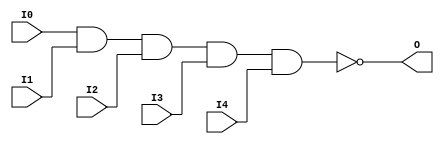
// $Header: /devl/xcs/repo/env/Databases/CAEInterfaces/verunilibs/s/NAND5.v,v 1.8.22.1 2003/11/18 20:41:37 wloo Exp $

/*

FUNCTION	: 5-INPUT NAND GATE

*/

`timescale  100 ps / 10 ps


module NAND5 (O, I0, I1, I2, I3, I4);

    output O;

    input  I0, I1, I2, I3, I4;

    nand A1 (O, I0, I1, I2, I3, I4);

    specify
	(I0 *> O) = (0, 0);
	(I1 *> O) = (0, 0);
	(I2 *> O) = (0, 0);
	(I3 *> O) = (0, 0);
	(I4 *> O) = (0, 0);
    endspecify

endmodule